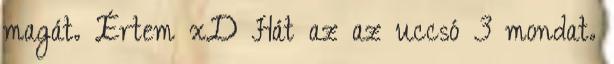
magát. Értem xD Hát az az uccsó 3 mondat.